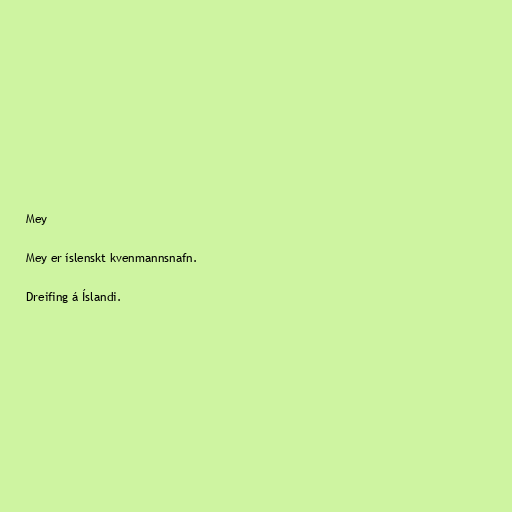
Mey

Mey er íslenskt kvenmannsnafn.

Dreifing á Íslandi.